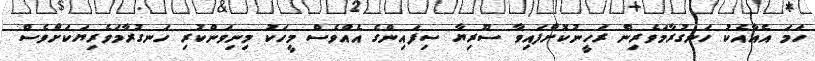
ހަމަ އެއާއެކު ހަނގުރާމަވެރިން ރަހީނުކޮށްފައިވާ ސޫރިޔާ ސިފައިންގެ އެއްވެސް މީހަކު މިނިވަންކުރި ހަނގުރާމަވެރިޔަކަށްވެސް